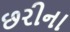
છરીના